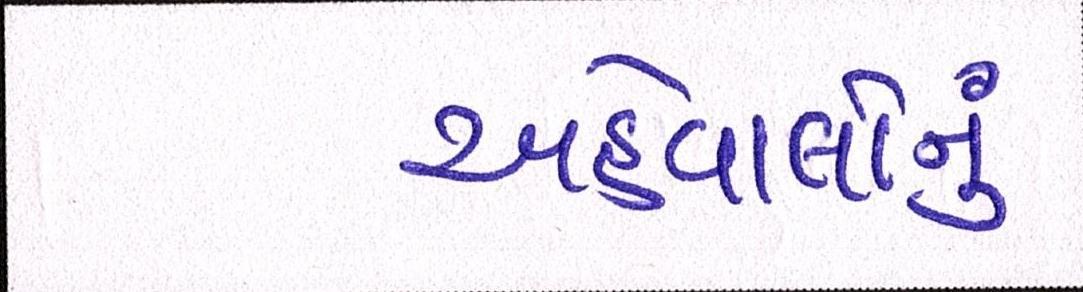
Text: અહેવાલોનું